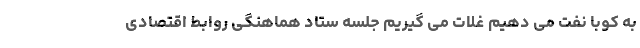
به کوبا نفت می دهیم غلات می گیریم جلسه ستاد هماهنگی روابط اقتصادی